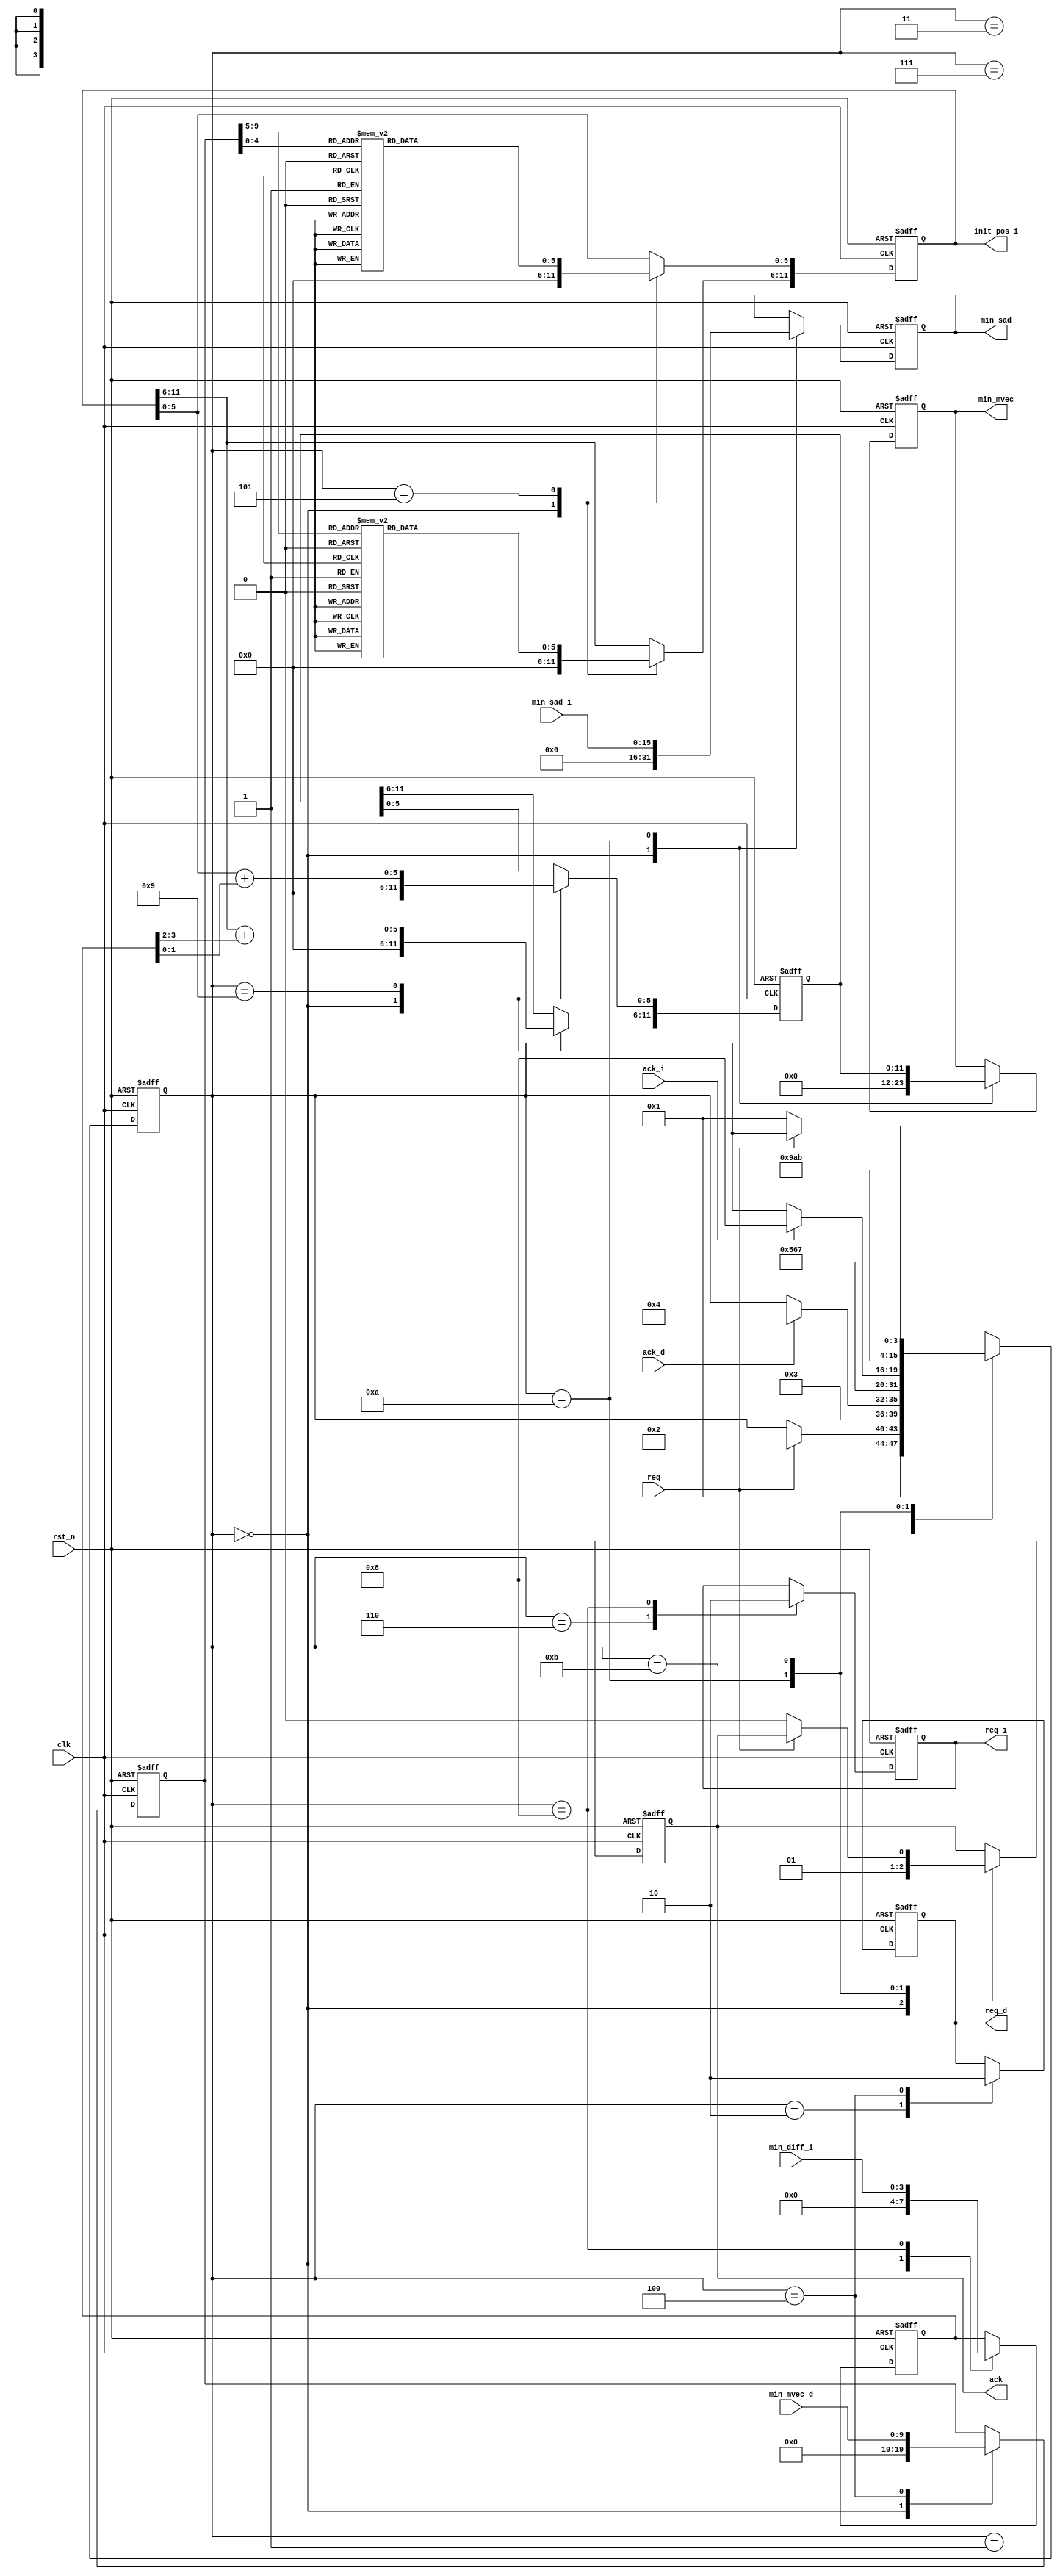
module control_top
(
  input  wire        rst_n,
  input  wire        clk,

  input  wire        req,
  output reg         ack,
  output reg  [11:0] min_mvec,
  output reg  [15:0] min_sad,

  // between me_double
  output reg         req_d,
  input  wire [9:0]  min_mvec_d,
  input  wire        ack_d,

  // between me_integer
  output reg         req_i,
  output reg  [11:0] init_pos_i ,
  input  wire [15:0] min_sad_i,
  input  wire [3:0]  min_diff_i,
  input  wire        ack_i
);

localparam INIT             = 4'd0;
localparam WAIT_REQ         = 4'd1;
localparam START_ME_DOUBLE  = 4'd2;
localparam WAIT_ME_DOUBLE   = 4'd3;
localparam DONE_ME_DOUBLE   = 4'd4;
localparam CALC_INIT_MVEC   = 4'd5;
localparam START_ME_INTEGER = 4'd6;
localparam WAIT_ME_INTEGER  = 4'd7;
localparam DONE_ME_INTEGER  = 4'd8;
localparam CALC_MVEC        = 4'd9;
localparam DONE             = 4'd10;
localparam WAIT_REQ_FALL    = 4'd11;

reg [3:0]  state_main;
reg [9:0]  mvec_d;
reg [3:0]  diff_i;
reg [11:0] mvec;

wire [5:0] mvec_decoded_h;
wire [5:0] mvec_decoded_w;

always @(posedge clk or negedge rst_n) begin
  if (~rst_n) begin
    state_main <= INIT;
    req_d      <= 0;
    req_i      <= 0;
    mvec_d     <= 0;
    init_pos_i <= 0;
    diff_i     <= 0;
    mvec       <= 0;
    min_mvec   <= 0;
    min_sad    <= 0;
    ack        <= 0;
  end else begin
    case(state_main)
      INIT: begin
        state_main <= #1 WAIT_REQ;
        mvec_d     <= #1 0;
        init_pos_i <= #1 0;
        diff_i     <= #1 0;
        mvec       <= #1 0;
        min_mvec   <= #1 0;
        min_sad    <= #1 0;
        ack        <= #1 0;
      end
      WAIT_REQ: begin
        if(req)
          state_main <= #1 START_ME_DOUBLE;
      end
      START_ME_DOUBLE: begin
        state_main <= #1 WAIT_ME_DOUBLE;
        req_d      <= #1 1;
      end
      WAIT_ME_DOUBLE: begin
        if(ack_d)
          state_main <= #1 DONE_ME_DOUBLE;
      end
      DONE_ME_DOUBLE: begin
        state_main <= #1 CALC_INIT_MVEC;
        mvec_d     <= #1 min_mvec_d;
        req_d      <= #1 0;
      end
      CALC_INIT_MVEC: begin
        state_main       <= #1 START_ME_INTEGER;
        init_pos_i[11:6] <= #1 decode_mvec(mvec_d[9:5]);
        init_pos_i[5:0]  <= #1 decode_mvec(mvec_d[4:0]);
      end
      START_ME_INTEGER: begin
        state_main <= #1 WAIT_ME_INTEGER;
        req_i      <= #1 1;
      end
      WAIT_ME_INTEGER: begin
        if(ack_i)
          state_main <= #1 DONE_ME_INTEGER;
      end
      DONE_ME_INTEGER: begin
        state_main <= #1 CALC_MVEC;
        diff_i     <= #1 min_diff_i;
        req_i      <= #1 0;
      end
      CALC_MVEC: begin // not completed yet
        state_main <= #1 DONE;
        mvec[11:6] <= #1 init_pos_i[11:6] + {4'd0, diff_i[3:2]};
        mvec[5:0]  <= #1 init_pos_i[5:0] + {4'd0, diff_i[1:0]};
      end
      DONE: begin
        state_main <= #1 WAIT_REQ_FALL;
        min_mvec   <= #1 mvec;
        min_sad    <= #1 min_sad_i;
        ack        <= #1 1;
      end
      WAIT_REQ_FALL: begin
        if(~req) begin
          state_main <= #1 WAIT_REQ;
          ack        <= #1 0;
        end
      end
      default: begin
        state_main <= 'dx;
      end
    endcase
  end
end

function [5:0] decode_mvec;
  input [4:0] mvec_in;
  begin
    case(mvec_in)
      5'd7   : decode_mvec = 6'd0;
      5'd8   : decode_mvec = 6'd1;
      5'd9   : decode_mvec = 6'd3;
      5'd10  : decode_mvec = 6'd5;
      5'd11  : decode_mvec = 6'd7;
      5'd12  : decode_mvec = 6'd9;
      5'd13  : decode_mvec = 6'd11;
      5'd14  : decode_mvec = 6'd13;
      5'd15  : decode_mvec = 6'd15;
      5'd16  : decode_mvec = 6'd17;
      5'd17  : decode_mvec = 6'd19;
      5'd18  : decode_mvec = 6'd21;
      5'd19  : decode_mvec = 6'd23;
      5'd20  : decode_mvec = 6'd25;
      5'd21  : decode_mvec = 6'd27;
      5'd22  : decode_mvec = 6'd29;
      5'd23  : decode_mvec = 6'd31;
      5'd24  : decode_mvec = 6'd33;
      5'd25  : decode_mvec = 6'd35;
      5'd26  : decode_mvec = 6'd37;
      5'd27  : decode_mvec = 6'd39;
      5'd28  : decode_mvec = 6'd41;
      5'd29  : decode_mvec = 6'd43;
      5'd30  : decode_mvec = 6'd45;
      5'd31  : decode_mvec = 6'd46;
      default: decode_mvec = 6'dx;
    endcase
  end
endfunction

endmodule